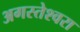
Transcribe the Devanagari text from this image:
अगस्‍तेश्‍वरा